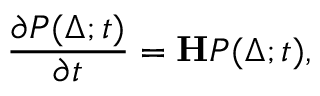
\frac { \partial P ( \Delta ; t ) } { \partial t } = \mathbf { H } P ( \Delta ; t ) ,